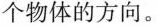
个物体的方向。